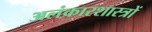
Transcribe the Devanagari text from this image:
अलंकारशास्त्रों